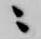
ニ